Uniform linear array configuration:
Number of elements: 48
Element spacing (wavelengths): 0.25
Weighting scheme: uniform
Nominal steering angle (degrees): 0
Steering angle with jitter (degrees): -1.835
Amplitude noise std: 0.05
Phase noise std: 0.05

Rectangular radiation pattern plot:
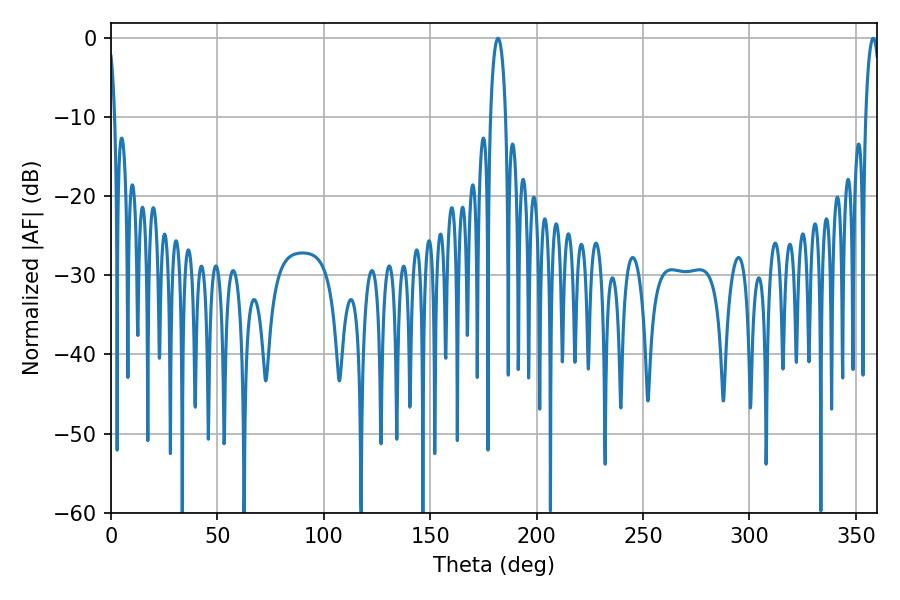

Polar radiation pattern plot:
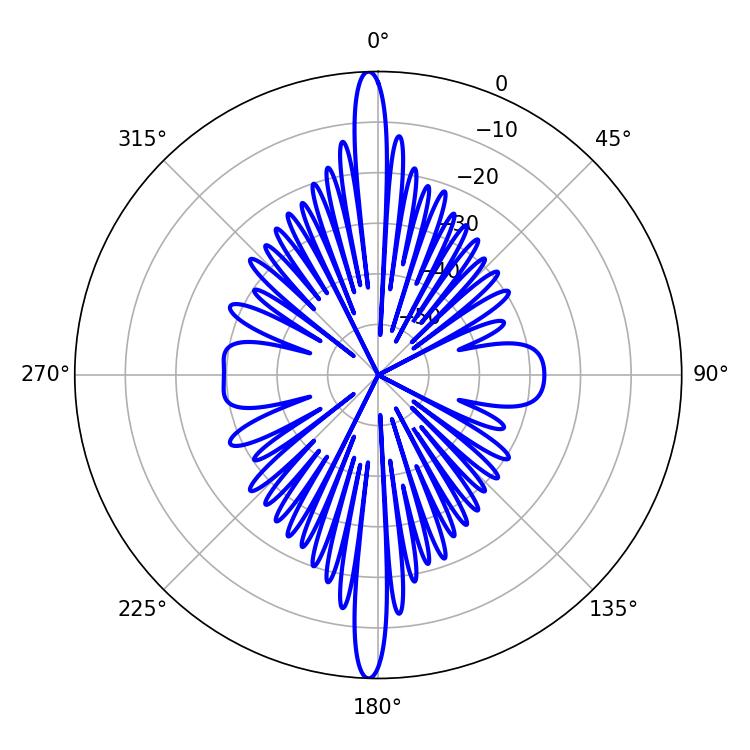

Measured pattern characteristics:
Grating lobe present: FALSE
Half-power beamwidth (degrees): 3.96
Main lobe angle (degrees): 181.8